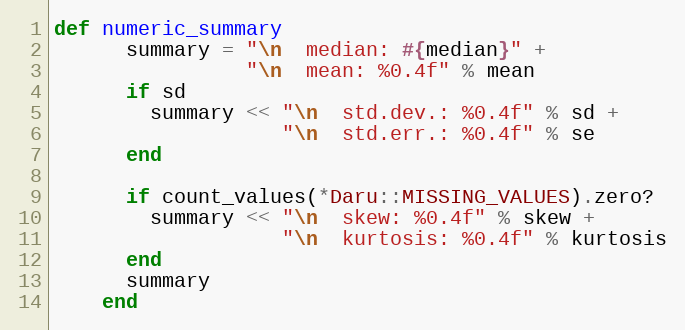
Language: Ruby
def numeric_summary
      summary = "\n  median: #{median}" +
                "\n  mean: %0.4f" % mean
      if sd
        summary << "\n  std.dev.: %0.4f" % sd +
                   "\n  std.err.: %0.4f" % se
      end

      if count_values(*Daru::MISSING_VALUES).zero?
        summary << "\n  skew: %0.4f" % skew +
                   "\n  kurtosis: %0.4f" % kurtosis
      end
      summary
    end